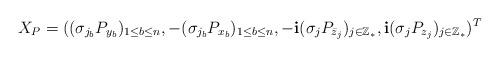
LaTeX: \begin{align*} X_P=((\sigma_{j_b}P_{y_b})_{1\leq b\leq n}, -(\sigma_{j_b}P_{x_b})_{1\leq b\leq n},-\mathbf{i}(\sigma_jP_{\bar{z}_j})_{j\in\mathbb{Z}_*},\mathbf{i}(\sigma_jP_{z_j})_{j\in\mathbb{Z}_*})^T\end{align*}